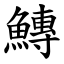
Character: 鱄